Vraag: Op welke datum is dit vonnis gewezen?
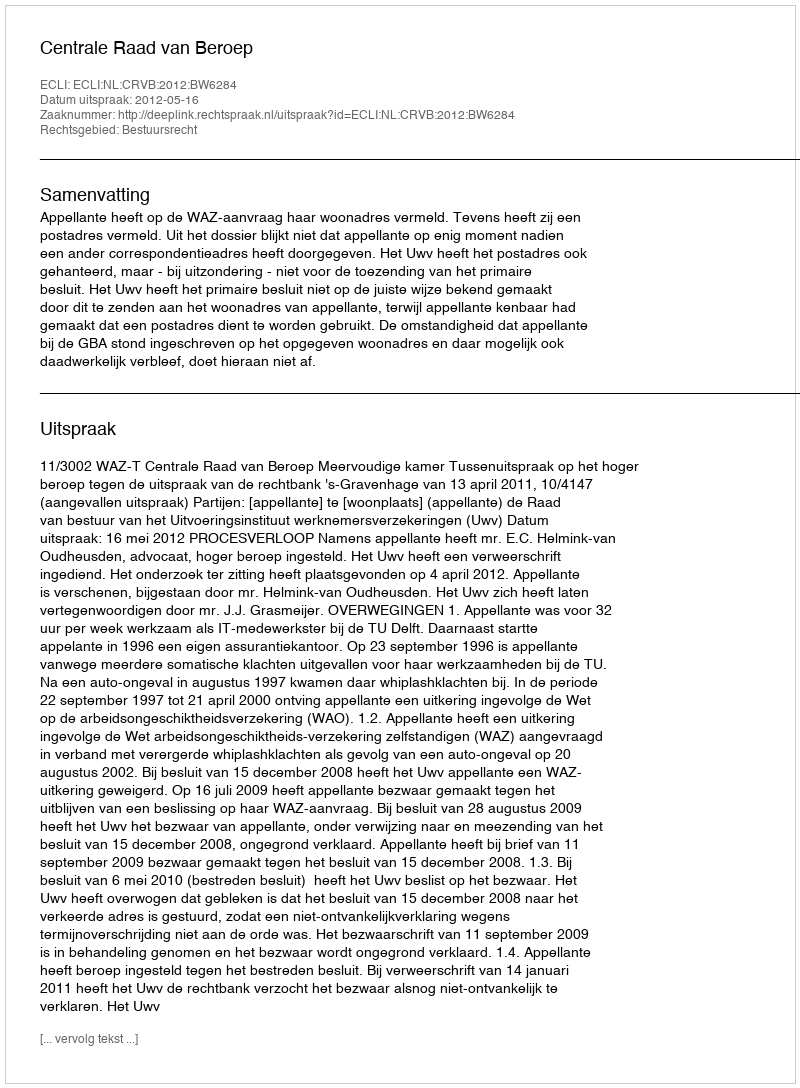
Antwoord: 2012-05-16